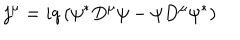
j ^ { \mu } = i q \left( \psi ^ { \ast } D ^ { \mu } \psi - \psi D ^ { \mu } \psi ^ { \ast } \right)